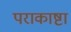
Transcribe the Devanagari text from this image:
पराकाष्टा